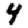
Digit: 4